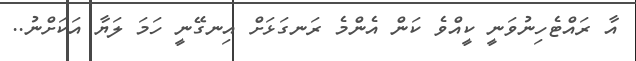
އާ ރައްޓެހިނުވަނީ ކީއްވެ ކަން އެންމެ ރަނގަޅަށް އިނގޭނީ ހަމަ ލަޔާ އަކަށްނު..